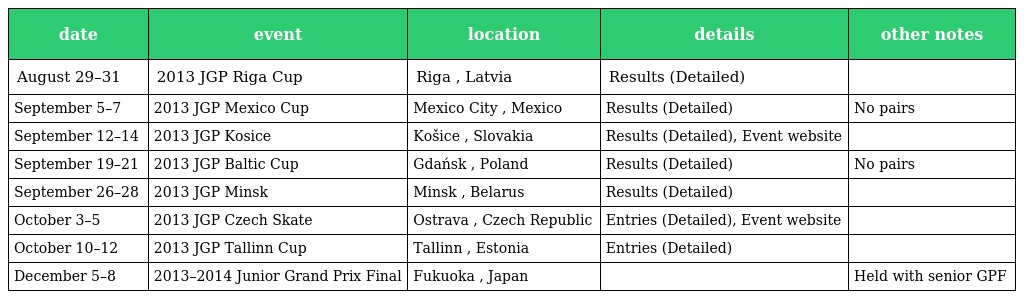
| date | event | location | details | other notes |
 | --- | --- | --- | --- | --- |
 | August 29–31 | 2013 JGP Riga Cup | Riga , Latvia | Results (Detailed) |  |
 | September 5–7 | 2013 JGP Mexico Cup | Mexico City , Mexico | Results (Detailed) | No pairs |
 | September 12–14 | 2013 JGP Kosice | Košice , Slovakia | Results (Detailed), Event website |  |
 | September 19–21 | 2013 JGP Baltic Cup | Gdańsk , Poland | Results (Detailed) | No pairs |
 | September 26–28 | 2013 JGP Minsk | Minsk , Belarus | Results (Detailed) |  |
 | October 3–5 | 2013 JGP Czech Skate | Ostrava , Czech Republic | Entries (Detailed), Event website |  |
 | October 10–12 | 2013 JGP Tallinn Cup | Tallinn , Estonia | Entries (Detailed) |  |
 | December 5–8 | 2013–2014 Junior Grand Prix Final | Fukuoka , Japan |  | Held with senior GPF |